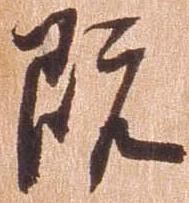
既